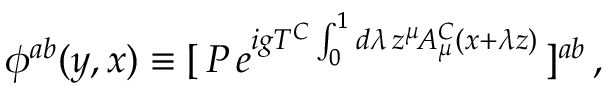
\phi ^ { a b } ( y , x ) \equiv [ \, { \cal P } \, e ^ { i g T ^ { C } \int _ { 0 } ^ { 1 } d \lambda \, z ^ { \mu } \! A _ { \mu } ^ { C } ( x + \lambda z ) } \, ] ^ { a b } \, ,